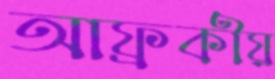
আফ্রকীয়